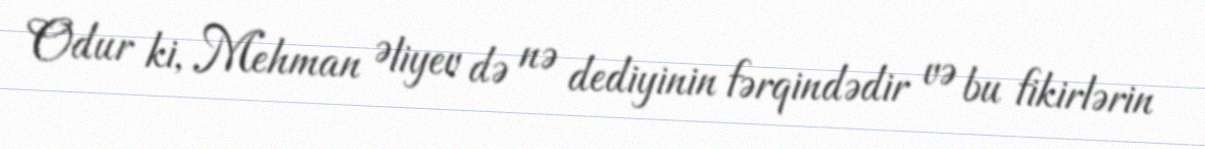
Odur ki, Mehman Əliyev də nə dediyinin fərqindədir və bu fikirlərin